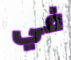
في